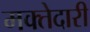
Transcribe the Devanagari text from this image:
मक्‍तेदारी